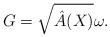
LaTeX: \begin{align*}G = \sqrt{\hat{A}(X)} \omega.\end{align*}